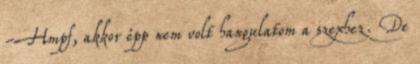
-Hmpf, akkor épp nem volt hangulatom a szexhez. De